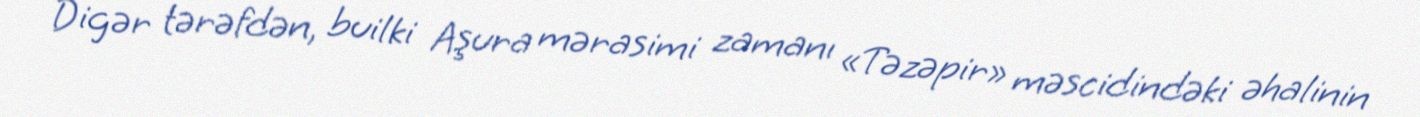
Digər tərəfdən, builki Aşura mərasimi zamanı «Təzəpir» məscidindəki əhalinin